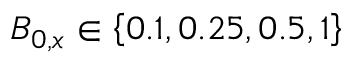
B _ { 0 , x } \in \left\lbrace 0 . 1 , 0 . 2 5 , 0 . 5 , 1 \right\rbrace